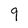
Character: 9